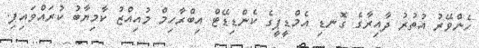
ހެންވޭރު އުތުރު ދާއިރާގެ ގޮނޑި އެމްޑީޕީގެ ކެންޑިޑޭޓް އިބްރާހިމް މުއިއްޒު ކާމިޔާބު ކުރައްވައިފި.